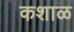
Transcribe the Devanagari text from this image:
कशाळ